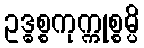
ဥဒ္ဓစ္စကုက္ကုစ္စမ္ပိ